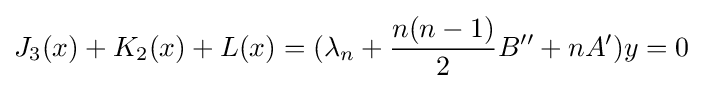
J_{3}(x)+K_{2}(x)+L(x)=(\lambda _{n}+{\frac {n(n-1)}{2}}B''+nA')y=0